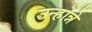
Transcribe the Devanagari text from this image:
उन्होन्ने